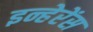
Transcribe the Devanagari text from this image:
इन्हेरेंस